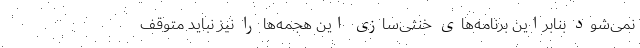
نمی‌شود بنابراین برنامه‌های خنثی‌سازی این هجمه‌ها را نیز نباید متوقف